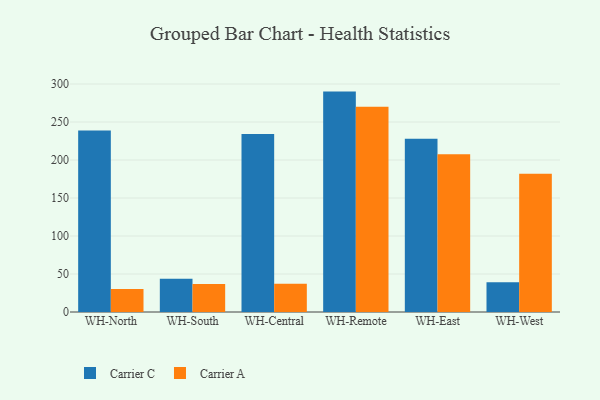
{"axis": {"x": "Warehouse", "y": "Backlog"}, "legend": ["Carrier A", "Carrier C"], "data": [{"x": "WH-North", "y": 238.8, "type": "Carrier C"}, {"x": "WH-North", "y": 30.2, "type": "Carrier A"}, {"x": "WH-South", "y": 43.8, "type": "Carrier C"}, {"x": "WH-South", "y": 36.9, "type": "Carrier A"}, {"x": "WH-Central", "y": 234.1, "type": "Carrier C"}, {"x": "WH-Central", "y": 37.1, "type": "Carrier A"}, {"x": "WH-Remote", "y": 290.0, "type": "Carrier C"}, {"x": "WH-Remote", "y": 270.2, "type": "Carrier A"}, {"x": "WH-East", "y": 228.0, "type": "Carrier C"}, {"x": "WH-East", "y": 207.5, "type": "Carrier A"}, {"x": "WH-West", "y": 39.3, "type": "Carrier C"}, {"x": "WH-West", "y": 181.9, "type": "Carrier A"}]}